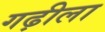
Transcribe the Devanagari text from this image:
गढ़ीला